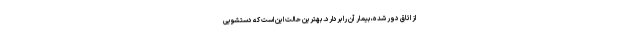
از اتاق دور شده، بیمار آن را بردارد. بهترین حالت این است که دستشویی